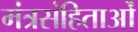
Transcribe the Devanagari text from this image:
मंत्रसंहिताओं